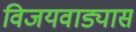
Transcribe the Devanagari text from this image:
विजयवाड्यास